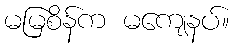
မမြစိန်က မကျေနပ်။